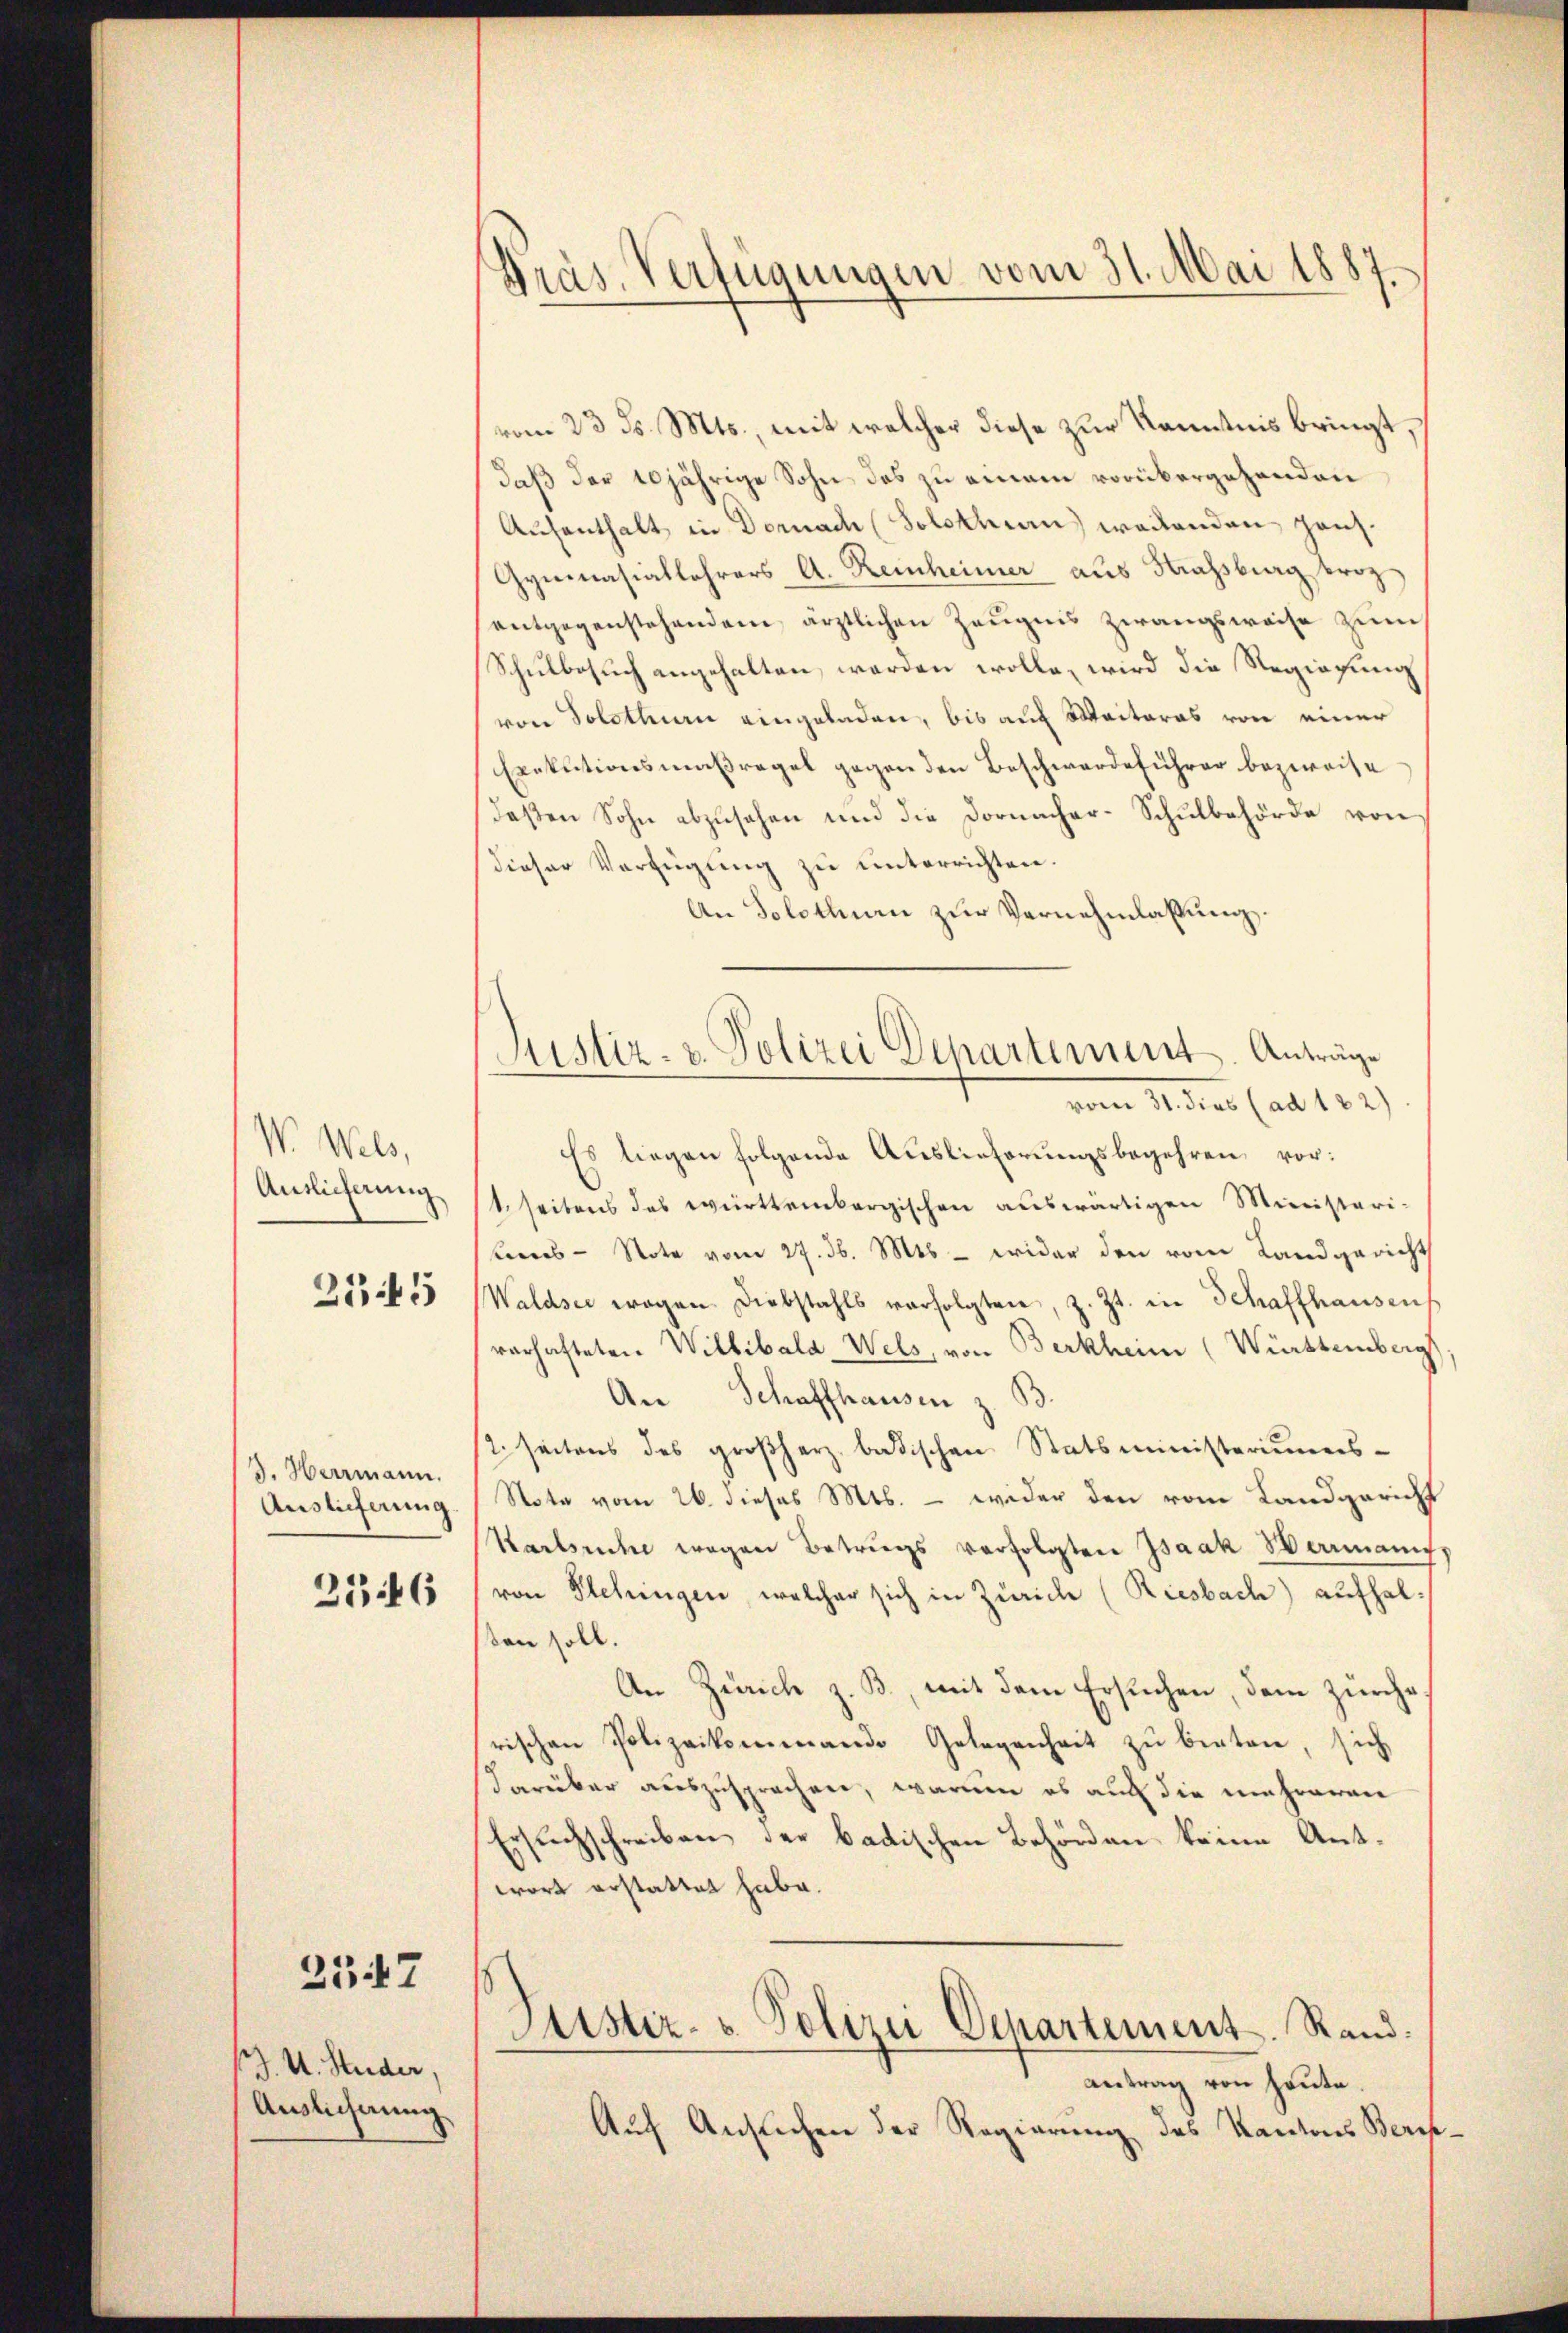
V. Wels,
Auslicherung

213 f 5

3. Herrmann.
Auslieferung

236

2347

J. U. Studer,
Auslichnung

Präs. Verfügungen vom 31. Mai 1887.

Justiz- & Polizei Departement. Anträge

vom 23. ds. Mts., mit welcher diese zur Kenntnis bringt,
daß der 20jährige Sohn des zu einem vorübergehenden
Aufenthalt in Dornach (Solothurn weitenden Haus¬
Gymnasiallehrers A. Reinheimer aus Strassberg troz
entgegenstehendem ärztlichen Zeugnis zwangsweise zum
Schulbesuch angehalten, werden wolle, wird die Regierung
von Solothurn eingeladen, bis auf Weiteres von einer
Exekutionsmaßregel gegen den Beschwerdeführer bezweife
Daßen Sohn abzusehen und die Dornacher-Schulbehörde von
dieser Verfügung zu unterrichten.
An Solothurn zur Vernehmlassung.
vom 31. dies (ad 122)
Es liegen folgende Auslieferungsbegehren vor:
1. seitens des württembergischen auswärtigen Ministeri-
ns - Note vom 27. 36. Mts. - wider den vom Landgericht
Waldsee wegen Diebstahls verfolgten, z. Zt. in Schaffhausens
varhafteten Willibala-Wels, von Berkheim (Württemberg
An Schaffhausen z. B.
2. seitens des großherz badischen Statsministeriums-
Note vom 26. dieses Mts. — wieder den vom Landgericht
Karlsuche wegen Betrugs verfolgten Isaak Wermanife
von Stebringen, welcher sich in Zürich (Riesbach) aufhalsten soll.
An Zürich z. B., mit dem Ersuchen, dem Zürche
rischen Polizeikommande Gelegenheit zu bieten, sich
darüber auszusprochen, warum es auch die unehreren
Ersuchschreiben der badischen Behörden keine Antwort erstattet habe.
Justiz- & Polizei Departement. Rand:
antrag von heute.
Auf Ansuchen der Regierung des Kantons Berch.